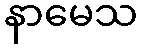
နာမေသ